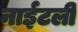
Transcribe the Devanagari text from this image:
नाईटली